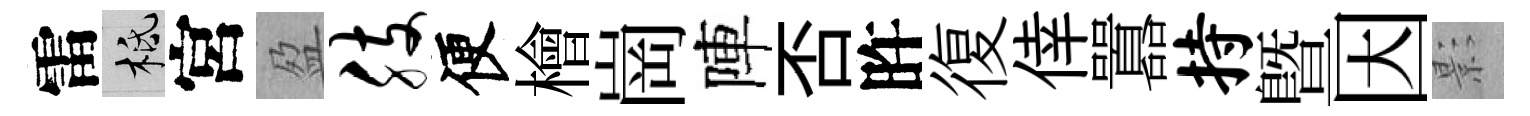
雷柢宮盈肢便檜崗陣否旿復倖囂持曁因影